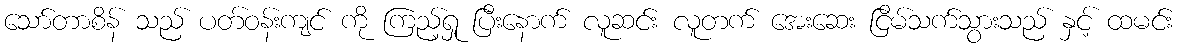
သော်တာစိန် သည် ပတ်ဝန်းကျင် ကို ကြည့်ရှု ပြီးနောက် လူဆင်း လူတက် အေးဆေး ငြိမ်သက်သွားသည် နှင့် ထမင်း